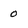
Character: 0